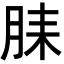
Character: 𬁻